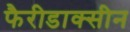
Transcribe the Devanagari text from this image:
फैरीडाक्सीन